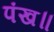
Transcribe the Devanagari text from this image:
पंख॥